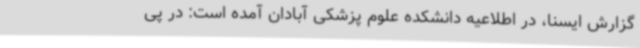
گزارش ایسنا، در اطلاعیه دانشکده علوم پزشکی آبادان آمده است: در پی